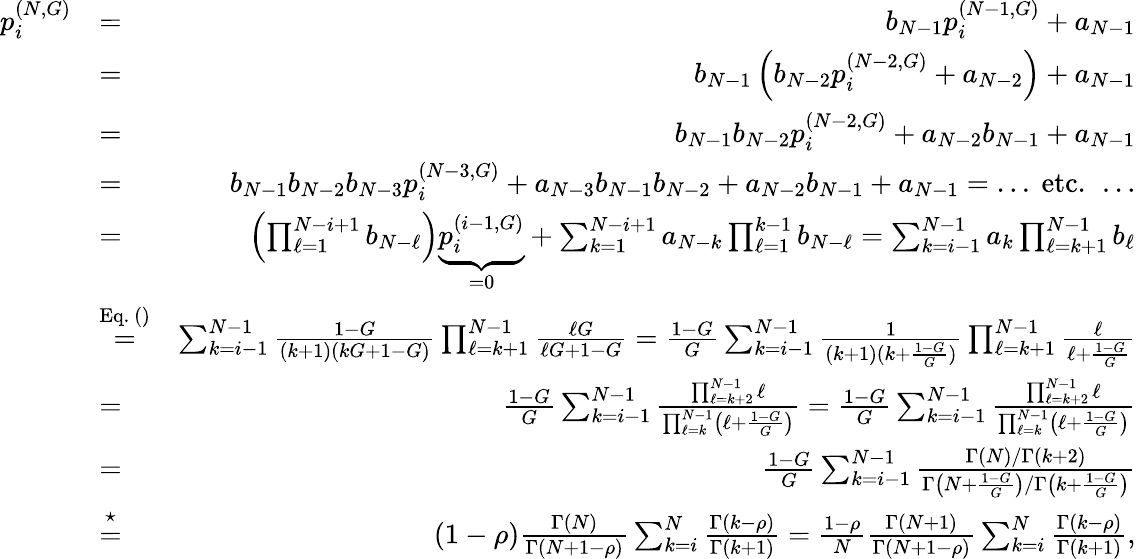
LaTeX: \begin{array}{rlr}{p_{i}^{(N,G)}}&{=}&{b_{N-1}p_{i}^{(N-1,G)}+a_{N-1}}\\ &{=}&{b_{N-1}\left(b_{N-2}p_{i}^{(N-2,G)}+a_{N-2}\right)+a_{N-1}}\\ &{=}&{b_{N-1}b_{N-2}p_{i}^{(N-2,G)}+a_{N-2}b_{N-1}+a_{N-1}}\\ &{=}&{b_{N-1}b_{N-2}b_{N-3}p_{i}^{(N-3,G)}+a_{N-3}b_{N-1}b_{N-2}+a_{N-2}b_{N-1}+a_{N-1}=\mathrm{\dots~etc.~\dots}}\\ &{=}&{\left(\prod_{\ell=1}^{N-i+1}b_{N-\ell}\right)\underbrace{p_{i}^{(i-1,G)}}_{=0}+\sum_{k=1}^{N-i+1}a_{N-k}\prod_{\ell=1}^{k-1}b_{N-\ell}=\sum_{k=i-1}^{N-1}a_{k}\prod_{\ell=k+1}^{N-1}b_{\ell}}\\ &{\stackrel{\mathrm{Eq.~()}}{=}}&{\sum_{k=i-1}^{N-1}\frac{1-G}{(k+1)(kG+1-G)}\prod_{\ell=k+1}^{N-1}\frac{\ell G}{\ell G+1-G}=\frac{1-G}{G}\sum_{k=i-1}^{N-1}\frac{1}{(k+1)(k+\frac{1-G}{G})}\prod_{\ell=k+1}^{N-1}\frac{\ell}{\ell+\frac{1-G}{G}}}\\ &{=}&{\frac{1-G}{G}\sum_{k=i-1}^{N-1}\frac{\prod_{\ell=k+2}^{N-1}\ell}{\prod_{\ell=k}^{N-1}\left(\ell+\frac{1-G}{G}\right)}=\frac{1-G}{G}\sum_{k=i-1}^{N-1}\frac{\prod_{\ell=k+2}^{N-1}\ell}{\prod_{\ell=k}^{N-1}\left(\ell+\frac{1-G}{G}\right)}}\\ &{=}&{\frac{1-G}{G}\sum_{k=i-1}^{N-1}\frac{\Gamma(N)/\Gamma(k+2)}{\Gamma\left(N+\frac{1-G}{G}\right)/\Gamma\left(k+\frac{1-G}{G}\right)}}\\ &{\stackrel{\star}{=}}&{\left(1-\rho\right)\frac{\Gamma(N)}{\Gamma\left(N+1-\rho\right)}\sum_{k=i}^{N}\frac{\Gamma\left(k-\rho\right)}{\Gamma(k+1)}=\frac{1-\rho}{N}\frac{\Gamma(N+1)}{\Gamma\left(N+1-\rho\right)}\sum_{k=i}^{N}\frac{\Gamma\left(k-\rho\right)}{\Gamma(k+1)},}\end{array}